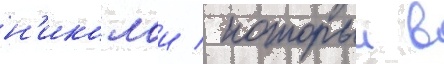
н'иколаи / которыи в